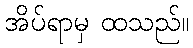
အိပ်ရာမှ ထသည်။